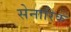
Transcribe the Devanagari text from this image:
सेनारिक